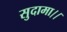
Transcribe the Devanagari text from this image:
सुदामा।।